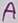
Text: A